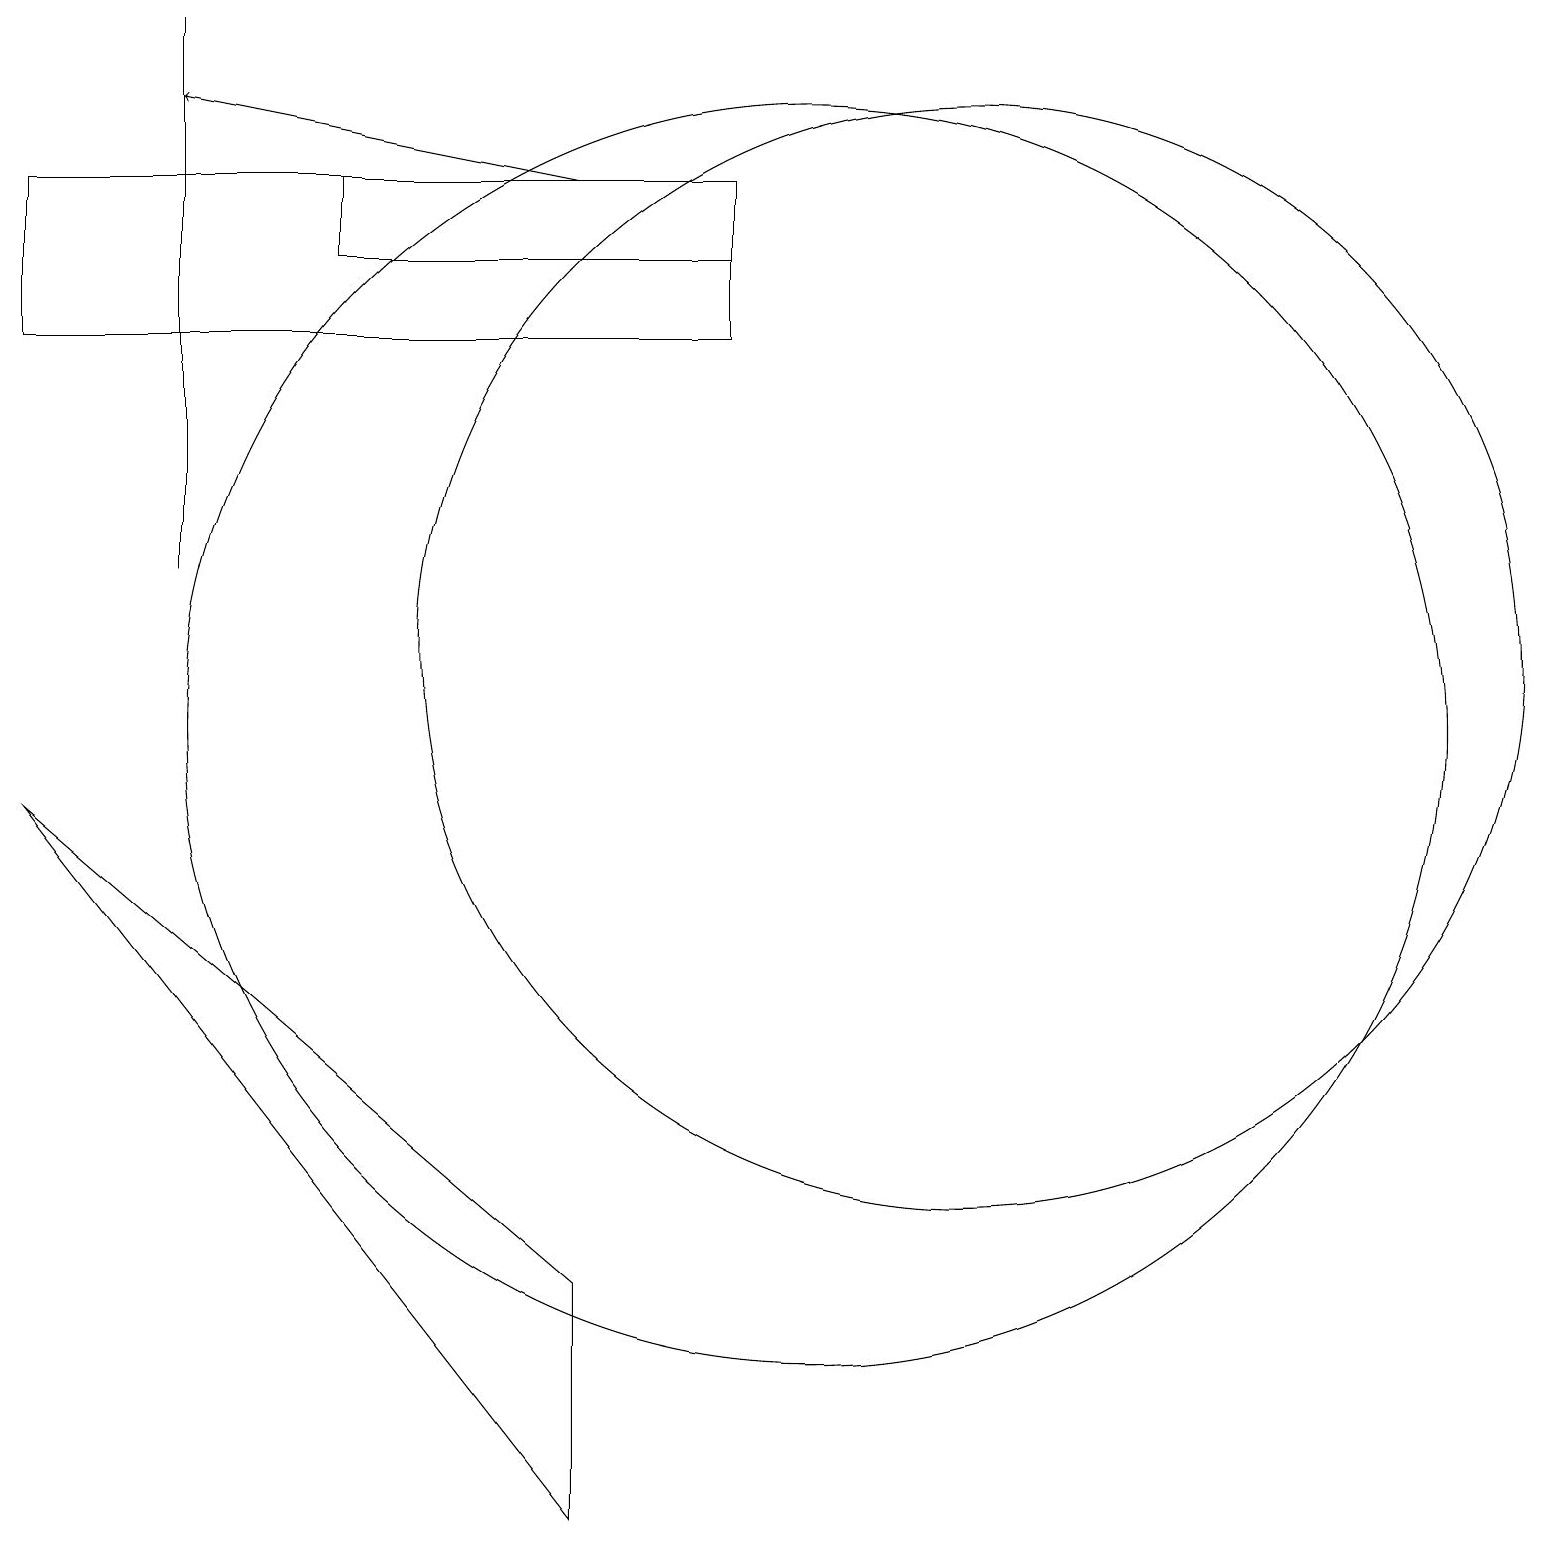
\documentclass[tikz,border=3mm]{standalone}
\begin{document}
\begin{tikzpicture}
\draw (0,9) -- (7,0) -- (7,3) -- cycle;
\draw (9,17) rectangle (0,15);
\draw[->] (7,17) -- (2,18);
\draw (12,11) circle (7);
\draw (2,19) rectangle (2,12);
\draw (10,10) circle (8);
\draw (4,16) rectangle (9,17);
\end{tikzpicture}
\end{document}